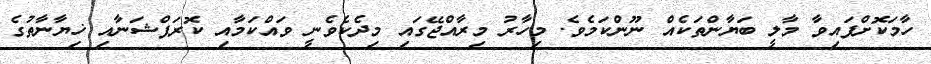
ހާމަކޮށްފައިވާ މާލީ ބަޔާންތަކެއް ނޫންކަމެވެ. މިހާރު މިރާއްޖޭގައި މިދެކެވެނީ ވައްކަމާއި ކޮރަޕްޝަނާއި ޚިޔާނާތުގެ